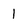
Character: I